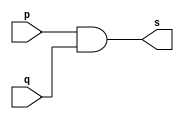
// ------------------------- 
// Exercicio0008 - AND //3 entradas
// Nome: Fabio Fiuza Pereira
// ------------------------- 
// ------------------------- 
// -- and gate 
// ------------------------- 
module andgate ( output s, 
input p, 
input q); 
assign s = p & q; 
endmodule // andgate 
// --------------------- 
// -- test and gate 
// --------------------- 
module testandgate; 
// ------------------------- dados locais 
reg a, b, c; // definir registradores 
wire s; // definir conexao (fio) 
// ------------------------- instancia 
andgate AND1 (s, a, b); 
// ------------------------- preparacao 
initial begin:start 
// atribuicao simultanea 
// dos valores iniciais 
a=0; b=0; 
end 
// ------------------------- parte principal 
initial begin 
$display("Exemplo0003 -Fabio Fiuza Pereira - 406087"); 
$display("Test AND gate"); 
$display("\na & b & c = s\n"); 
a=0; b=0; c=0;
#1 $monitor("%b & %b & %b = %b", a, b, c, s); 
#1 a=0; b=0; c=1; 
#1 a=0; b=1; c=1;
#1 a=1; b=0; c=0;
#1 a=1; b=1; c=0;
#1 a=1; b=0; c=1;
#1 a=1; b=1; c=1;


end 
endmodule // testandgate